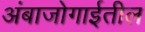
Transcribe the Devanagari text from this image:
अंबाजोगाईतील